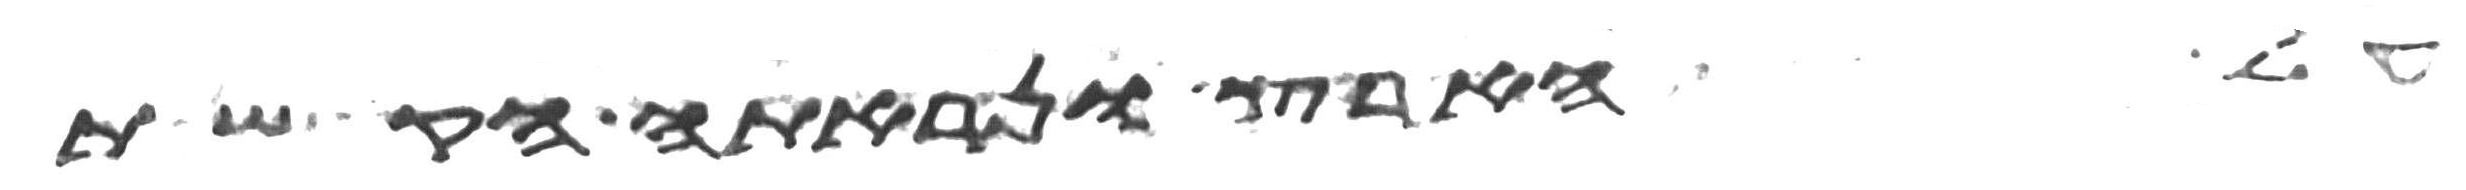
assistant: על הארץ ונראתה הקשת